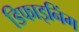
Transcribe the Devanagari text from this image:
डिफाइनिंग